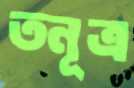
তনূত্র